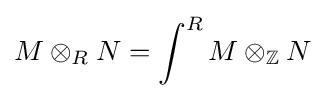
M\otimes _{R}N=\int ^{R}M\otimes _{\mathbb {Z} }N